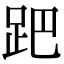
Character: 跁